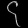
Digit: ၄